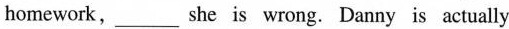
homework,___ she is wrong. Danny is actually